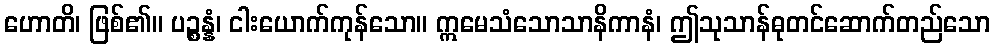
ဟောတိ၊ ဖြစ်၏။ ပဉ္စန္နံ၊ ငါးယောက်ကုန်သော။ ဣမေသံသောသာနိကာနံ၊ ဤသုသာန်ဓုတင်ဆောက်တည်သော